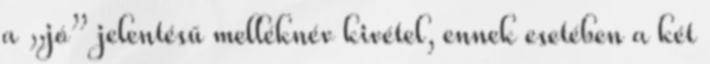
a „jó” jelentésű melléknév kivétel, ennek esetében a két